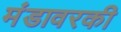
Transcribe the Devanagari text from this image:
मंडावरकी